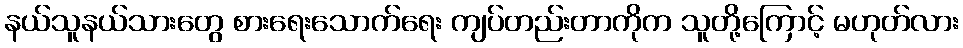
နယ်သူနယ်သားတွေ စားရေးသောက်ရေး ကျပ်တည်းတာကိုက သူတို့ကြောင့် မဟုတ်လား